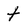
Character: t